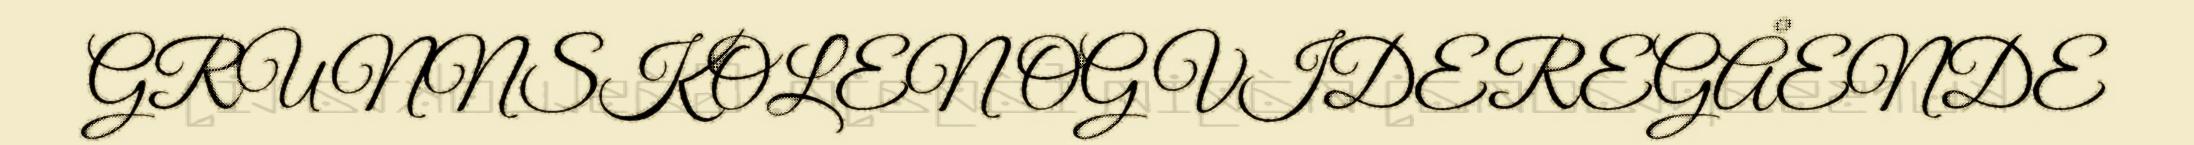
GRUNNSKOLEN OG VIDEREGÅENDE